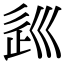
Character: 𡿽